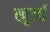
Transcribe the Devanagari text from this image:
खु्र्जा